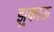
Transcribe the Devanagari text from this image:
झुकाऊ